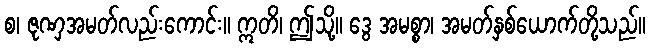
စ၊ ဇုဏှအမတ်လည်းကောင်း။ ဣတိ၊ ဤသို့။ ဒွေ အမစ္စာ၊ အမတ်နှစ်ယောက်တို့သည်။